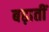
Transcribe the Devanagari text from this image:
बढ़ातीं